Document type: Sale
Year: 1235
Scribe: Pere de Bages
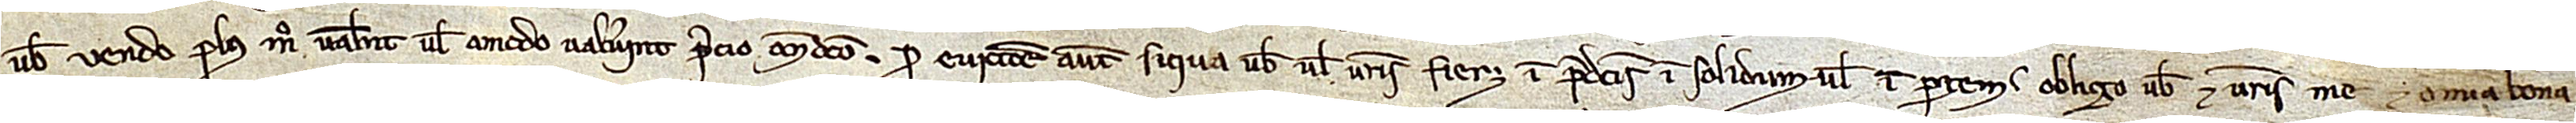
vobis vendo plus modo valent vela modo valuerint precio antedicto. Pro eviccione autem siqua vobis vel vestris fieret in predictis in solidum vel in partem obligo vobis et vestris me et omnia bona